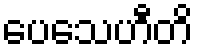
ပေသေဟီတိ